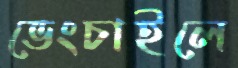
ভেংচাইলে